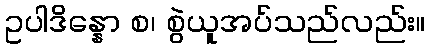
ဥပါဒိန္နော စ၊ စွဲယူအပ်သည်လည်း။